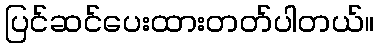
ပြင်ဆင်ပေးထားတတ်ပါတယ်။